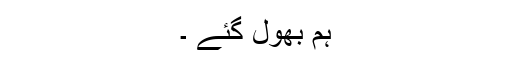
ہم بھول گئے ۔